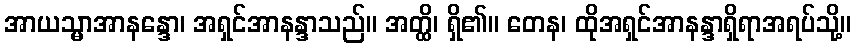
အာယသ္မာအာနန္ဒော၊ အရှင်အာနန္ဒာသည်။ အတ္ထိ၊ ရှိ၏။ တေန၊ ထိုအရှင်အာနန္ဒာရှိရာအရပ်သို့။